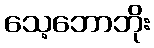
သေ့ဘောဘိုး